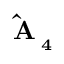
\mathbf { \hat { A } _ { \lambda _ { 4 } } }